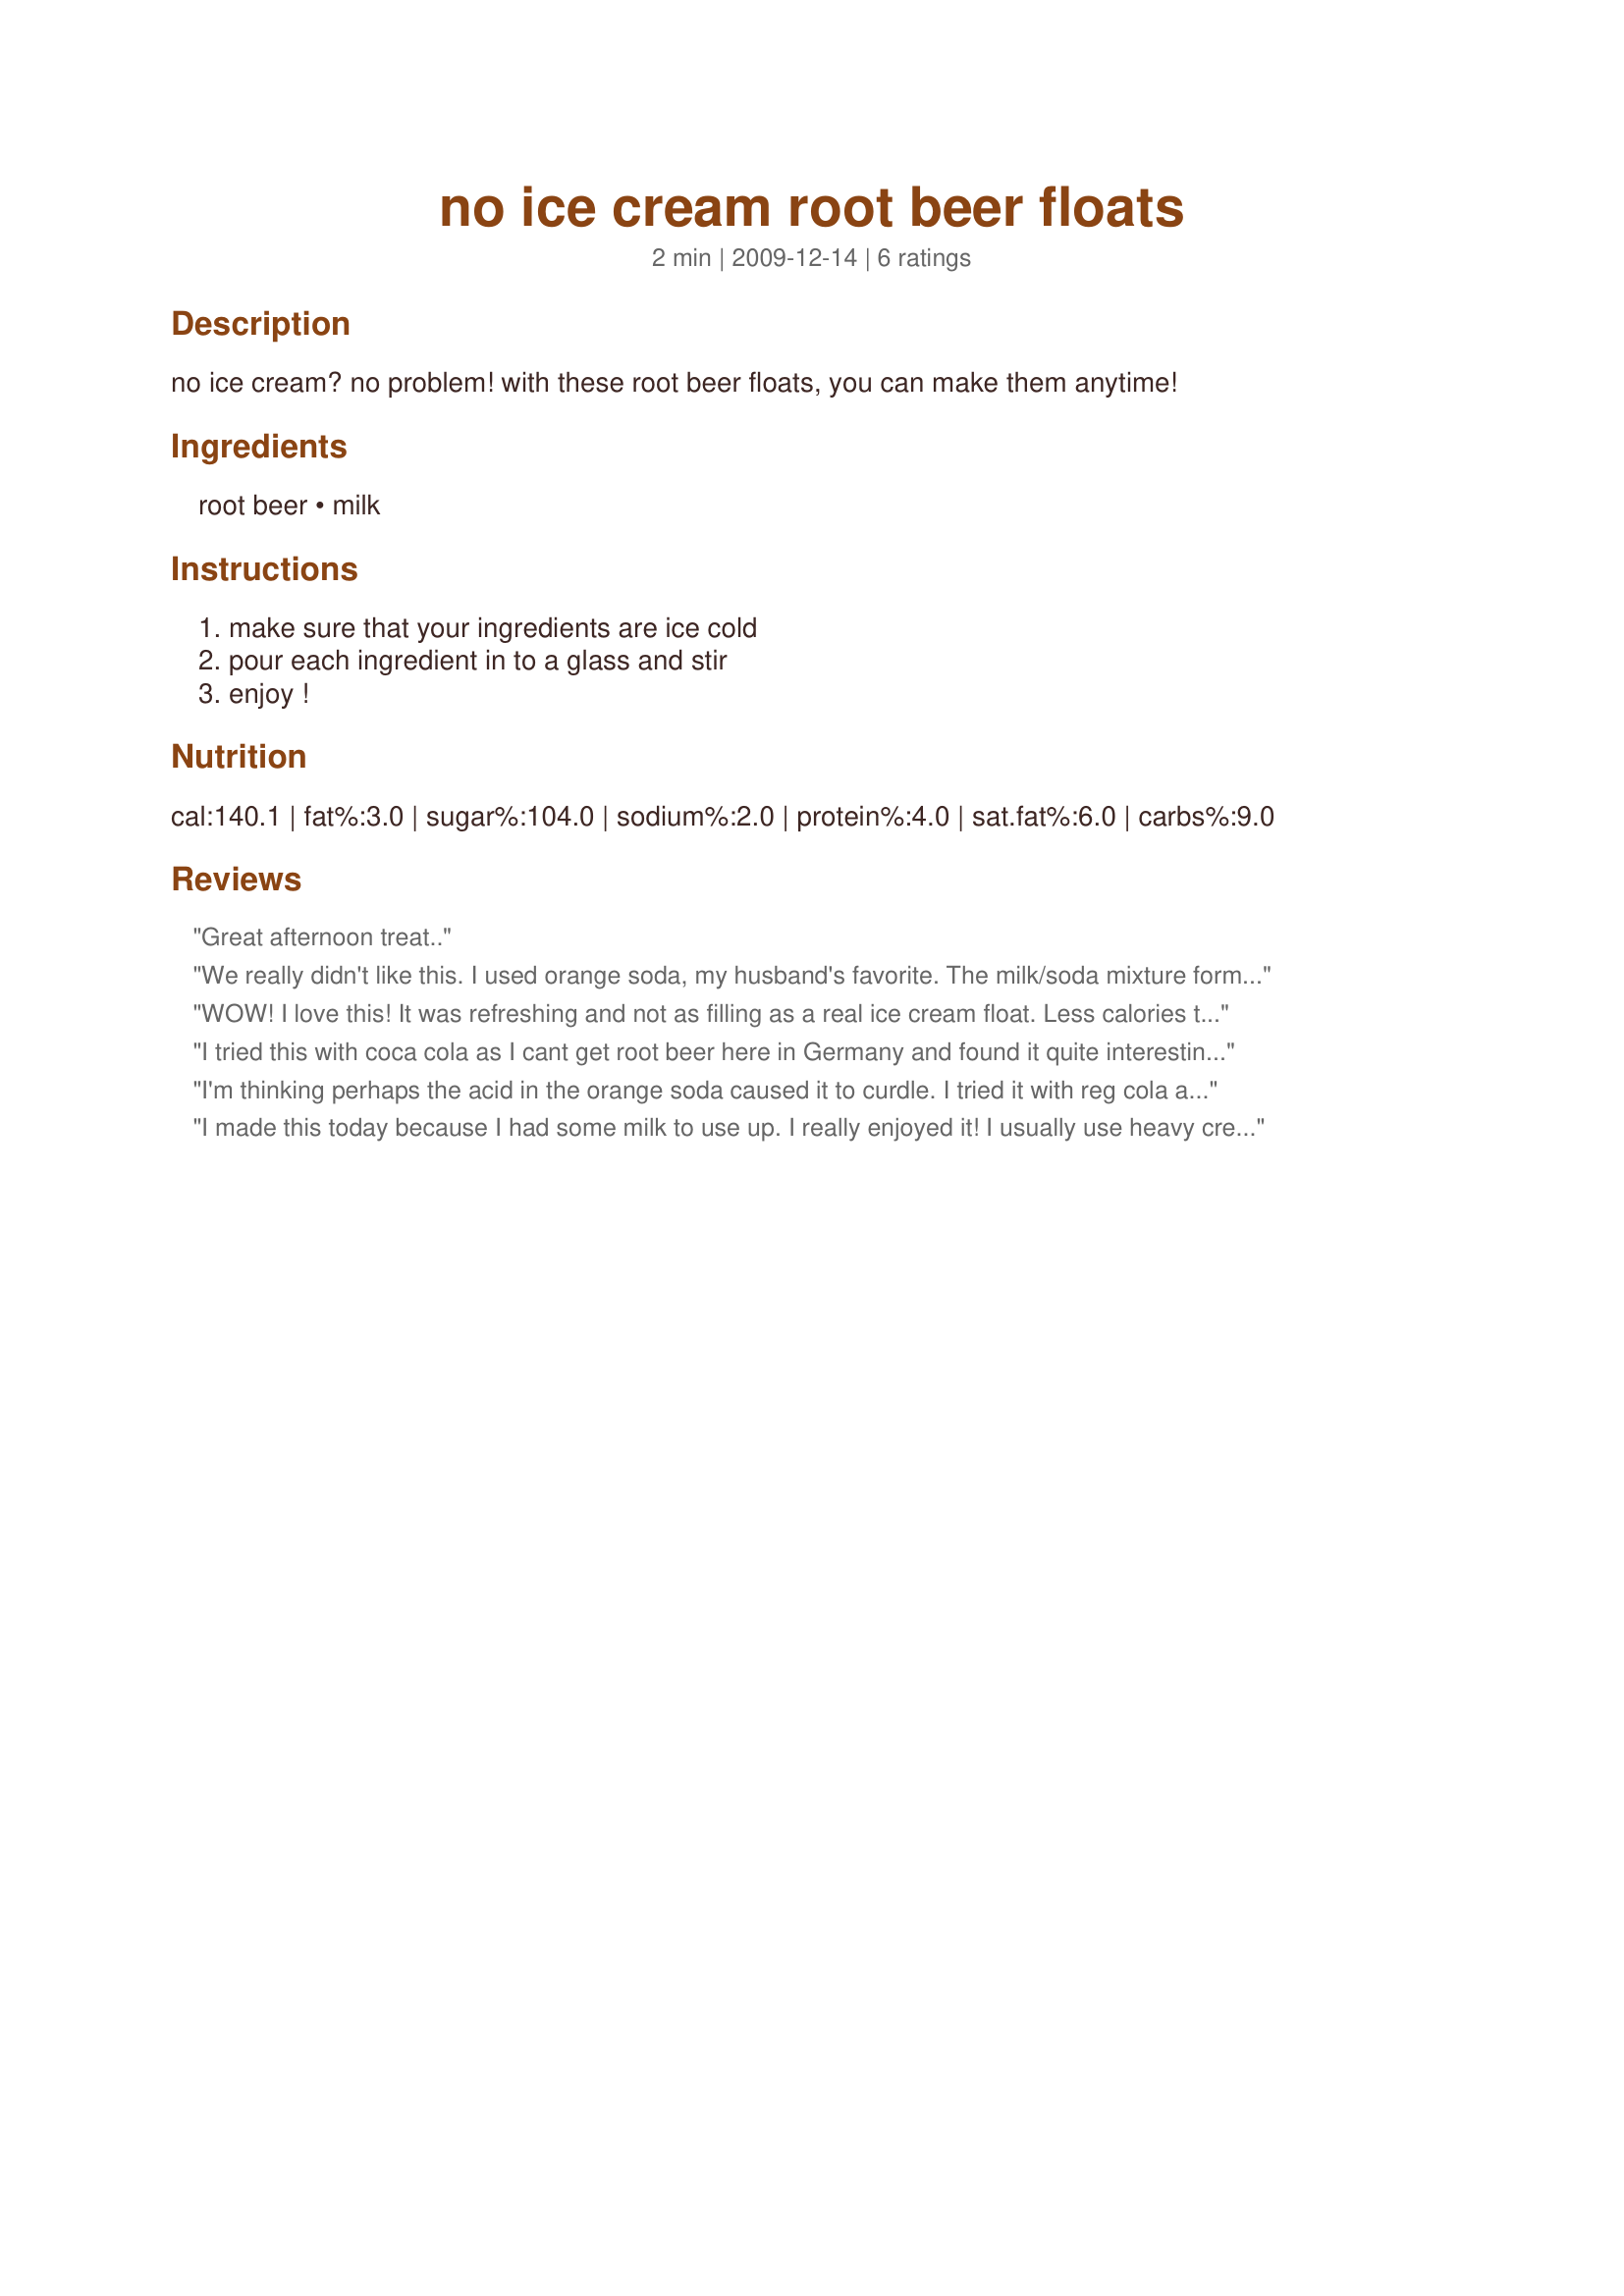
no ice cream root beer floats
Preparation time: 2 minutes

no ice cream? no problem! with these root beer floats, you can make them anytime!

Ingredients:
root beer, milk

Steps:
make sure that your ingredients are ice cold, pour each ingredient in to a glass and stir, enjoy !

Reviews:
Great afternoon treat..
We really didn't like this. I used orange soda, my husband's favorite. The milk/soda mixture formed a top layer that was foamy and looked curdled, and the bottom was just soda. It was not appealing to look at, and didn't taste anything like a float should taste. I was hoping for success, but this just didn't work for us.
WOW! I love this! It was refreshing and not as filling as a real ice cream float. Less calories too! Although my milk soda ratio was a bit off. Made as a Recipe Nap for Veg 'N Swap tag.
I tried this with coca cola as I cant get root beer here in Germany and found it quite interesting. Ive never had anything like it and cant really compare it to regular float. Its kinda creamy and sweet and not bad, but somehow milk and coke wont become my favourite pair. Maybe its more of an acquired taste... All in all Im very happy I tried this and would even make it again as its refreshing and healthy (using sugar-free soda).<br/>THANK YOU SO MUCH for sharing your recipe with us, Veggie_Cook!<br/>Made and reviewed for my chosen chef during Veggie Swap #36 July 2011.
I'm thinking perhaps the acid in the orange soda caused it to curdle. I tried it with reg cola and it turned out just fine. I added a couple of tsp. of sugar to make my sweet tooth happy.
I made this today because I had some milk to use up. I really enjoyed it! I usually use heavy cream/root beer together due to the low carb count. (diet root beer) However, I used low carb milk and got the same taste. thanks! :)
